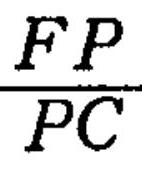
\(\frac{FP}{PC}\)